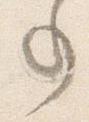
事